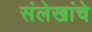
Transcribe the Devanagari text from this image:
संलेखांचे